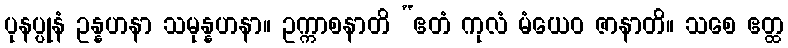
ပုနပ္ပုနံ ဥန္နဟနာ သမုန္နဟနာ။ ဥက္ကာစနာတိ “ဧတံ ကုလံ မံယေဝ ဇာနာတိ။ သစေ ဧတ္ထ